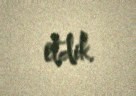
etdik.